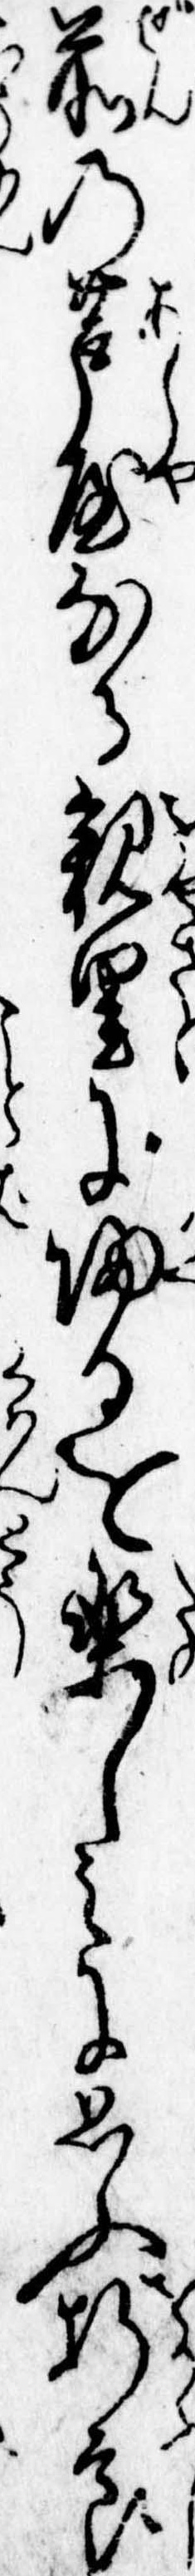
前の芦屋なる親里に帰るを楽しみに思ふ折節